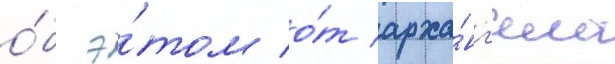
о́б э́том о́т арха́нг'ела